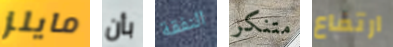
مايلز بأن النفقة متنكر ارتفاع